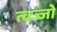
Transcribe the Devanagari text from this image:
त्वज्जो